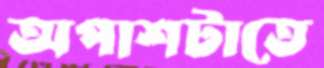
অপাশটাতে